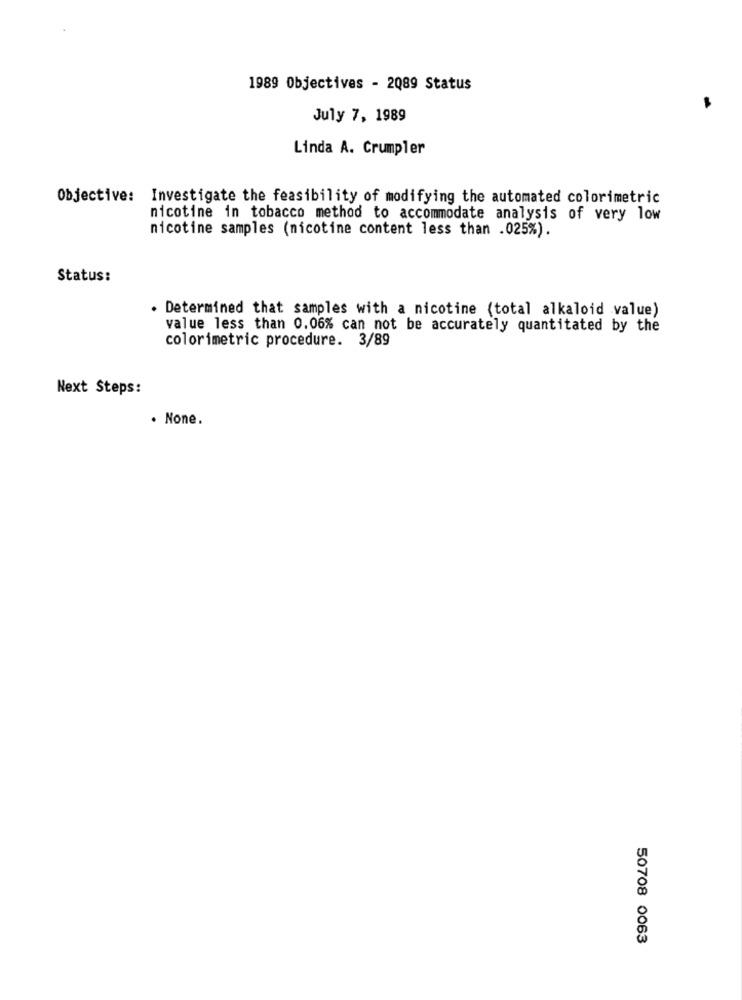
1989 Objectives - 2089 Status
July 7, 1989
Linda A. Crumpler
Objective: Investigate the feasibility of modifying the automated colorimetric
nicotine in tobacco method to accommodate analysis of very low
nicotine samples (nicotine content less than .025%).
Status:
. Determined that samples with a nicotine (total alkaloid value)
value less than 0.06% can not be accurately quantitated by the
colorimetric procedure. 3/89
Next Steps:
. None.
50708 0063